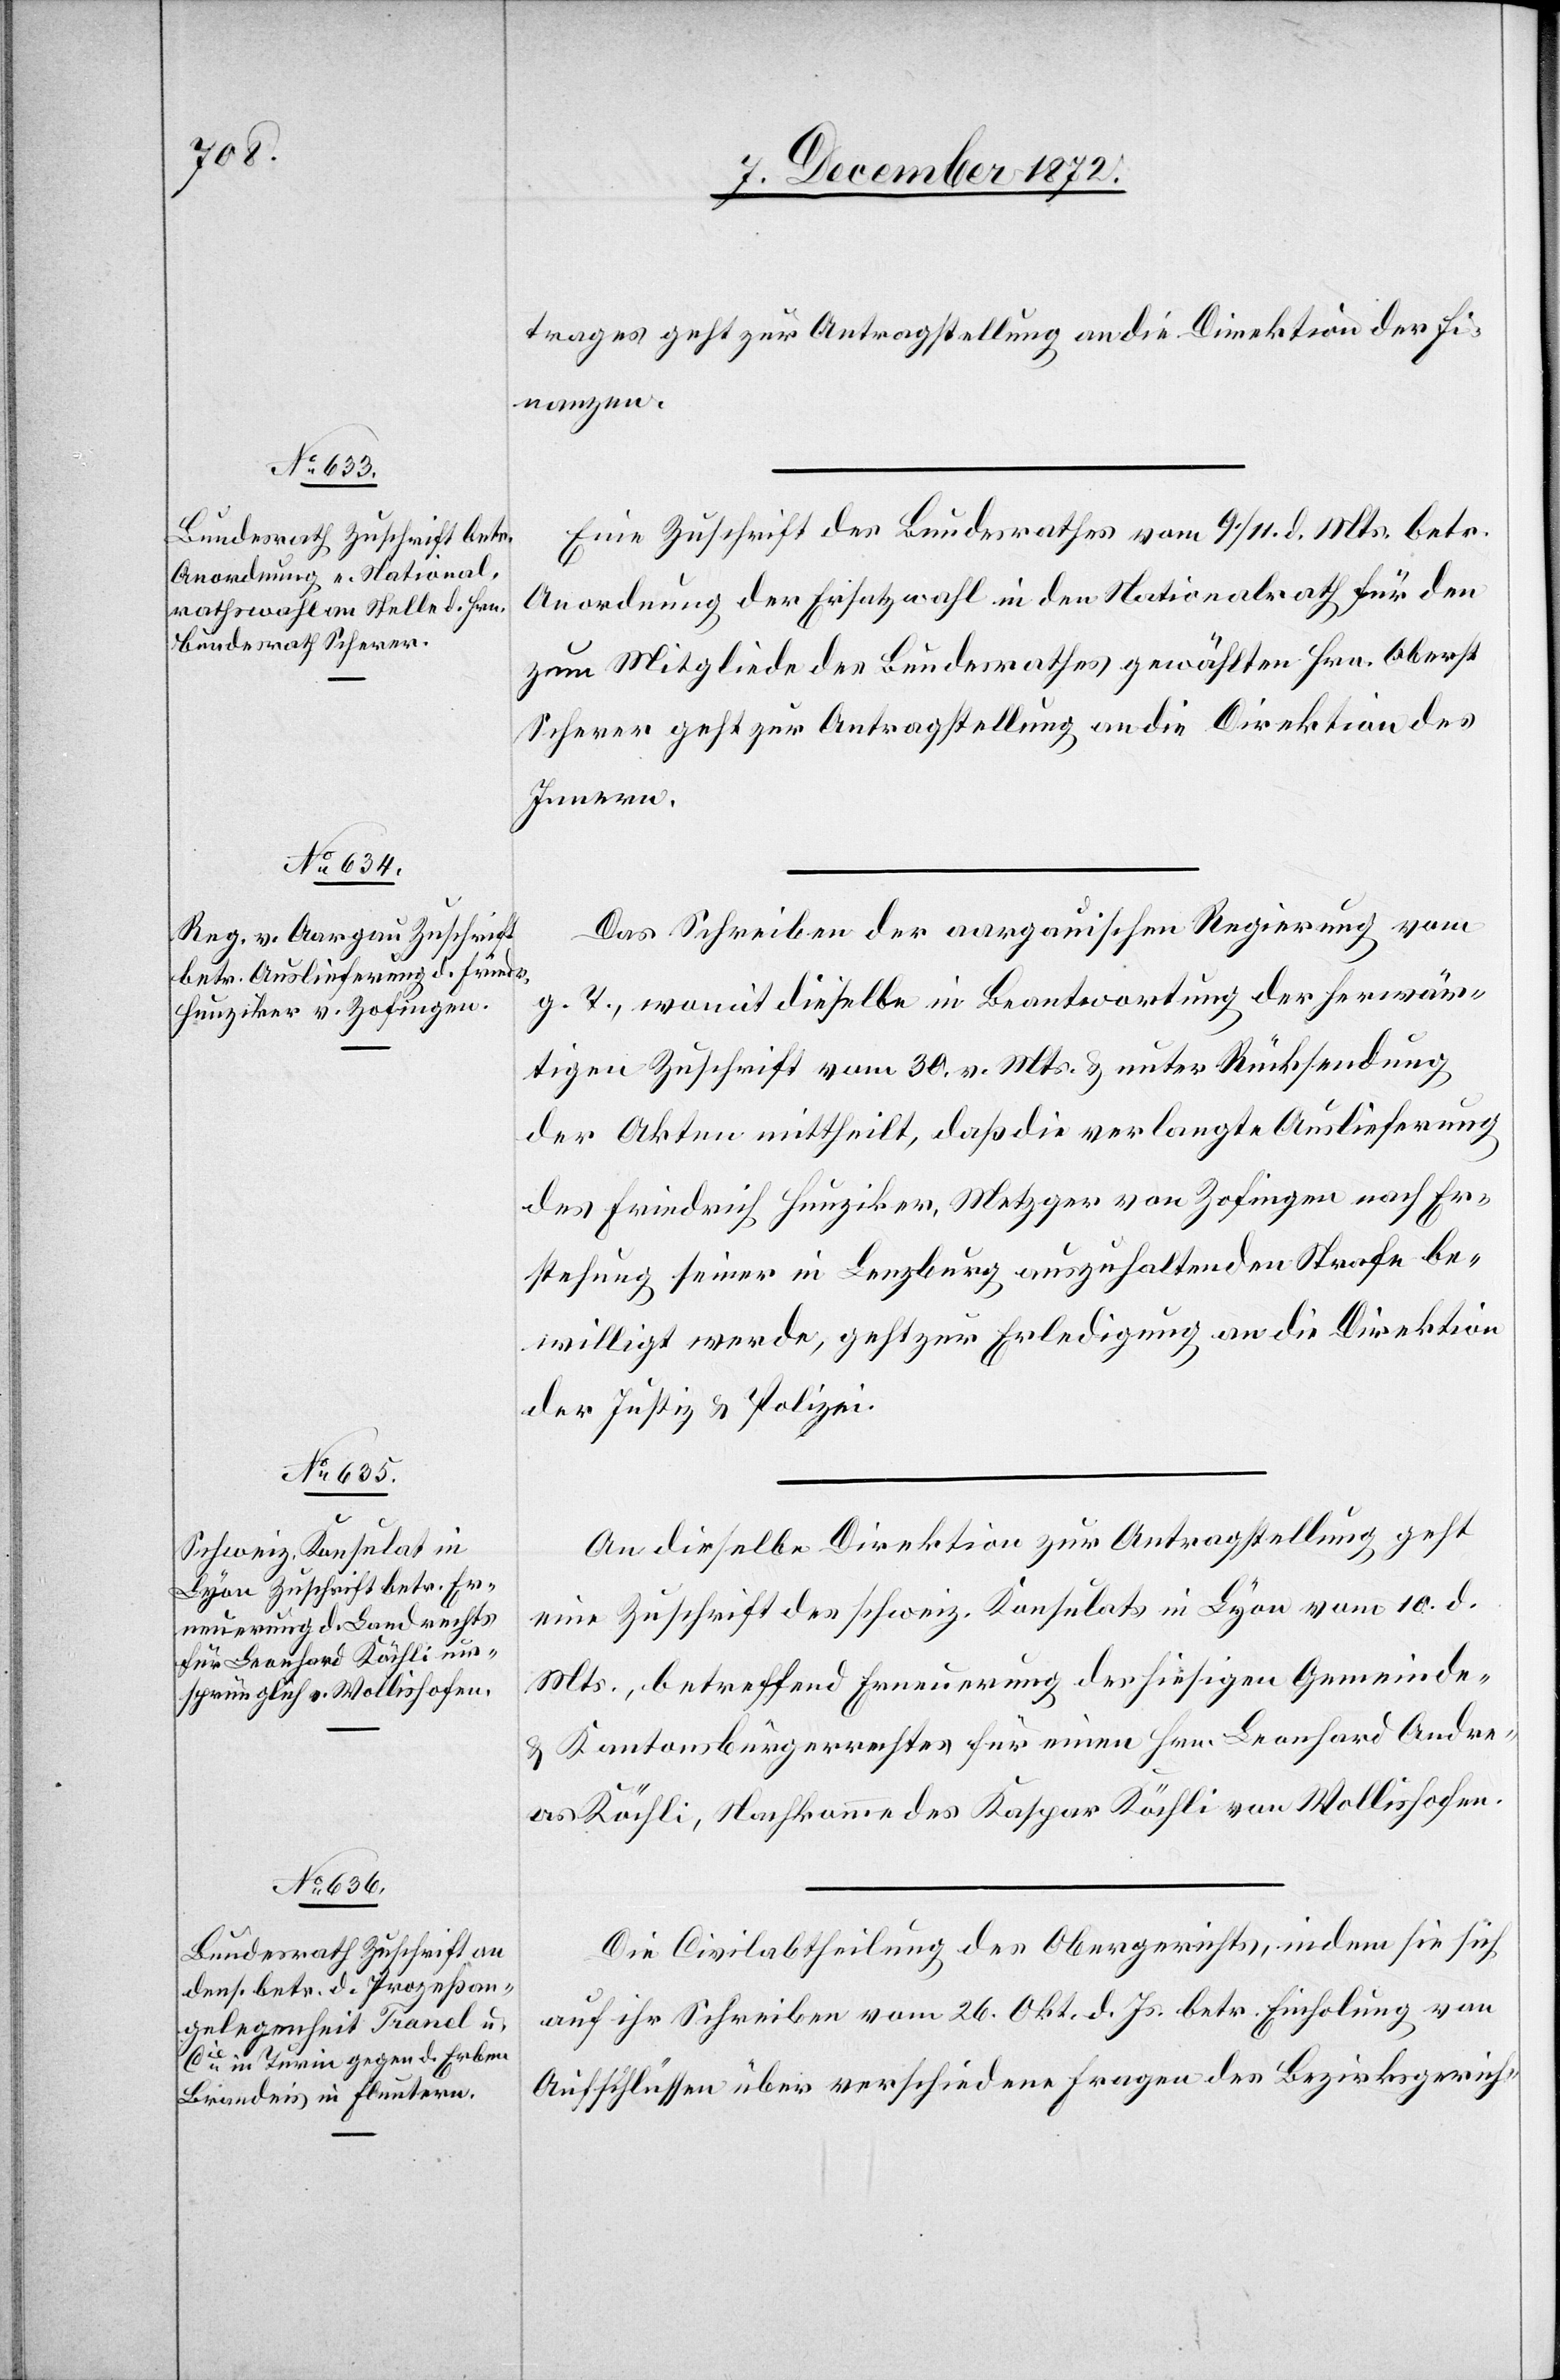
12. December 1872.]
trages geht zur Antragstellung an die Direktion der Fi¬
nanzen.
Eine Zuschrift des Bundesrathes vom 9./11. d. Mts. betr.
Anordnung der Ersatzwahl in den Nationalrath für den
zum Mitgliede des Bundesrathes gewählten Hrn. Oberst
Scherer geht zur Antragstellung an die Direktion des
Innern.
Das Schreiben der aargauischen Regierung vom
g. T., womit dieselbe in Beantwortung der herwär¬
tigen Zuschrift vom 30. v. Mts. u. unter Rücksendung
der Akten mittheilt, daß die verlangte Auslieferung
des Friedrich Hunziker, Metzger von Zofingen nach Er¬
stehung seiner in Lenzburg auszuhaltenden Strafe be¬
willigt werde, geht zur Erledigung an die Direktion
der Justiz u. Polizei.
An dieselbe Direktion zur Antragstellung geht
eine Zuschrift des schweiz. Konsulats in Lyon vom 10. d.
Mts., betreffend Erneuerung der hiesigen Gemeinde-
u. Kantonsbürgerrechtes für einen Hrn. Leonhard Andre¬
as Köchli, Nachkomme des Kaspar Köchli von Wollishofen.
Die Civilabtheilung des Obergerichts, indem sie sich
auf ihr Schreiben vom 26. Okt. d. Js. betr. Einholung von
Aufschlüssen über verschiedene Fragen des Bezirksgerich-